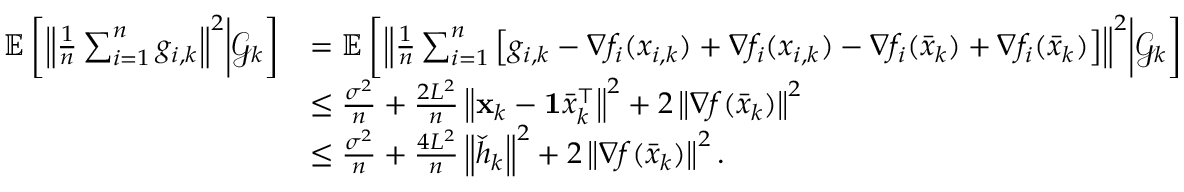
\begin{array} { r l } { \mathbb { E } \left[ \left\Vert \frac { 1 } { n } \sum _ { i = 1 } ^ { n } g _ { i , k } \right\Vert ^ { 2 } \middle | \mathcal { G } _ { k } \right] } & { = \mathbb { E } \left[ \left\Vert \frac { 1 } { n } \sum _ { i = 1 } ^ { n } \left[ g _ { i , k } - \nabla f _ { i } ( x _ { i , k } ) + \nabla f _ { i } ( x _ { i , k } ) - \nabla f _ { i } ( \bar { x } _ { k } ) + \nabla f _ { i } ( \bar { x } _ { k } ) \right] \right\Vert ^ { 2 } \middle | \mathcal { G } _ { k } \right] } \\ & { \leq \frac { \sigma ^ { 2 } } { n } + \frac { 2 L ^ { 2 } } { n } \left\Vert \mathbf { x } _ { k } - \mathbf { 1 } \bar { x } _ { k } ^ { \intercal } \right\Vert ^ { 2 } + 2 \left\Vert \nabla f ( \bar { x } _ { k } ) \right\Vert ^ { 2 } } \\ & { \leq \frac { \sigma ^ { 2 } } { n } + \frac { 4 L ^ { 2 } } { n } \left\Vert \check { h } _ { k } \right\Vert ^ { 2 } + 2 \left\Vert \nabla f ( \bar { x } _ { k } ) \right\Vert ^ { 2 } . } \end{array}